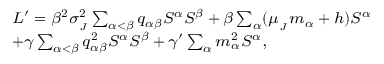
{ \footnotesize \begin{array} { r l } & { L ^ { \prime } = \beta ^ { 2 } \sigma _ { _ { J } } ^ { 2 } \sum _ { \alpha < \beta } q _ { \alpha \beta } S ^ { \alpha } S ^ { \beta } + \beta \sum _ { \alpha } ( \mu _ { _ { J } } m _ { \alpha } + h ) S ^ { \alpha } } \\ & { + \gamma \sum _ { \alpha < \beta } q _ { \alpha \beta } ^ { 2 } S ^ { \alpha } S ^ { \beta } + \gamma ^ { \prime } \sum _ { \alpha } m _ { \alpha } ^ { 2 } S ^ { \alpha } , } \end{array} }